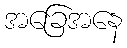
အခြေအနေ